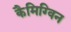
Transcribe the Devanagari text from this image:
कैमिग्विन